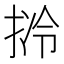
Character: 𱠃